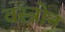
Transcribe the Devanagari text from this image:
वस्त्रोन